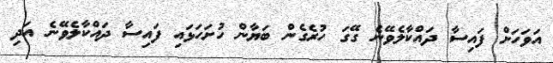
އަވަހަށް ފައިސާ ދައްކާލެވޭނެ ގޭގަ ހުރެގެން ބަޔާން ހުށަހަޅައި ފައިސާ ދައްކާލެވޭނެ އަދި